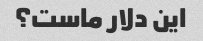
این دلار ماست؟